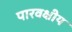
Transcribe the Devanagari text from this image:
पारवक्षीय